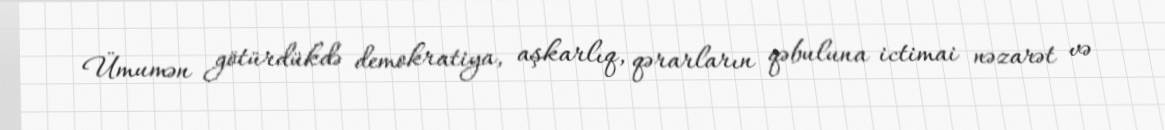
Ümumən götürdükdə demokratiya, aşkarlıq, qərarların qəbuluna ictimai nəzarət və